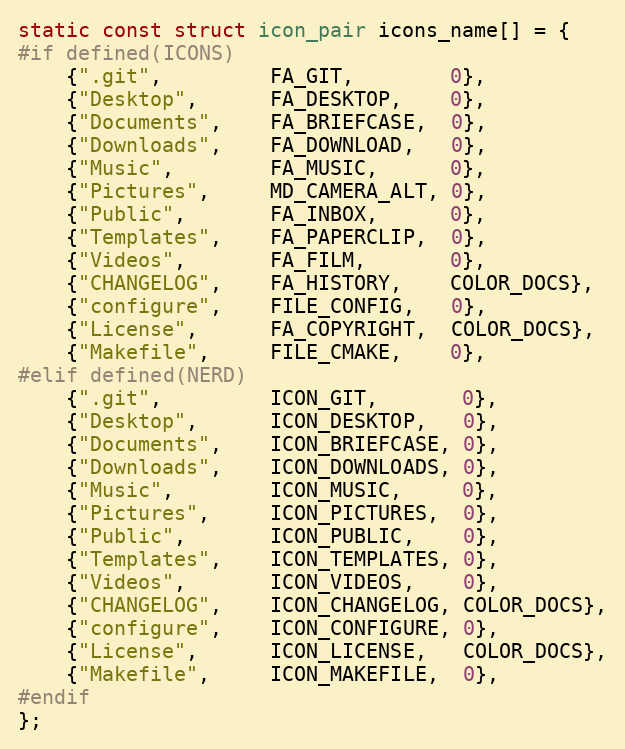
Language: C
static const struct icon_pair icons_name[] = {
#if defined(ICONS)
	{".git",         FA_GIT,        0},
	{"Desktop",      FA_DESKTOP,    0},
	{"Documents",    FA_BRIEFCASE,  0},
	{"Downloads",    FA_DOWNLOAD,   0},
	{"Music",        FA_MUSIC,      0},
	{"Pictures",     MD_CAMERA_ALT, 0},
	{"Public",       FA_INBOX,      0},
	{"Templates",    FA_PAPERCLIP,  0},
	{"Videos",       FA_FILM,       0},
	{"CHANGELOG",    FA_HISTORY,    COLOR_DOCS},
	{"configure",    FILE_CONFIG,   0},
	{"License",      FA_COPYRIGHT,  COLOR_DOCS},
	{"Makefile",     FILE_CMAKE,    0},
#elif defined(NERD)
	{".git",         ICON_GIT,       0},
	{"Desktop",      ICON_DESKTOP,   0},
	{"Documents",    ICON_BRIEFCASE, 0},
	{"Downloads",    ICON_DOWNLOADS, 0},
	{"Music",        ICON_MUSIC,     0},
	{"Pictures",     ICON_PICTURES,  0},
	{"Public",       ICON_PUBLIC,    0},
	{"Templates",    ICON_TEMPLATES, 0},
	{"Videos",       ICON_VIDEOS,    0},
	{"CHANGELOG",    ICON_CHANGELOG, COLOR_DOCS},
	{"configure",    ICON_CONFIGURE, 0},
	{"License",      ICON_LICENSE,   COLOR_DOCS},
	{"Makefile",     ICON_MAKEFILE,  0},
#endif
};